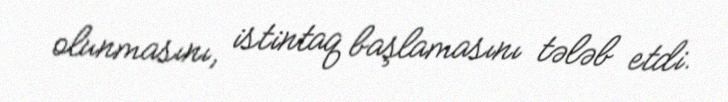
olunmasını, istintaq başlamasını tələb etdi.